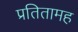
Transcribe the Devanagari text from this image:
प्रतितामह